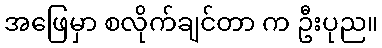
အဖြေမှာ စလိုက်ချင်တာ က ဦးပုည။